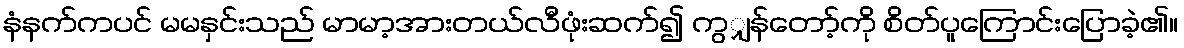
နံနက်ကပင် မမနှင်းသည် မာမာ့အားတယ်လီဖုံးဆက်၍ ကွျှန်တော့်ကို စိတ်ပူကြောင်းပြောခဲ့၏။